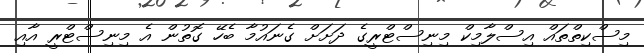
މިސްކިތްތައް އިސްލާމިކް މިނިސްޓްރީގެ ދަށަށް ގެނައުމާ ބެހޭ ގޮތުން އެ މިނިސްޓްރީ އާއި